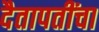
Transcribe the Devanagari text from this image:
दैतापतींचा